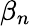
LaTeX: \beta_{n}